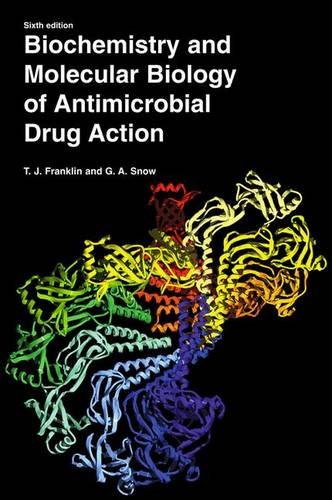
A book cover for Biochemistry and Molecular Biology of Antimicrobial Drug Action; Trevor J. Franklin; Medical Books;